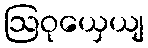
ဩဝုယှေယျ